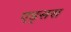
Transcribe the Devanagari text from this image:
एड्सस